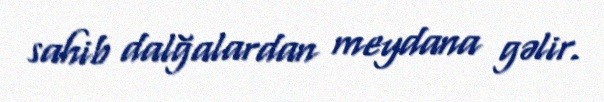
sahib dalğalardan meydana gəlir.